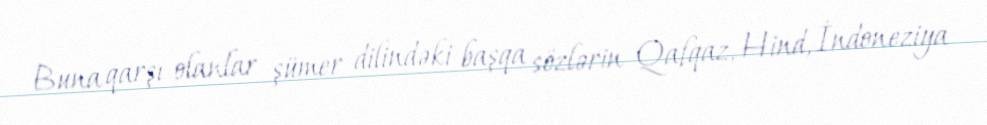
Buna qarşı olanlar şümer dilindəki başqa sözlərin Qafqaz, Hind, İndoneziya